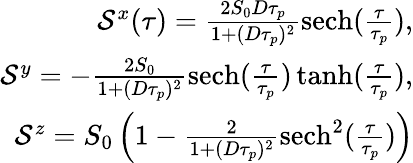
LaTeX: \begin{array}{r}{\mathcal{S}^{x}(\tau)=\frac{2S_{0}D\tau_{p}}{1+(D\tau_{p})^{2}}\mathrm{sech}(\frac{\tau}{\tau_{p}}),}\\ {\mathcal{S}^{y}=-\frac{2S_{0}}{1+(D\tau_{p})^{2}}\mathrm{sech}(\frac{\tau}{\tau_{p}})\operatorname{tanh}(\frac{\tau}{\tau_{p}}),}\\ {\mathcal{S}^{z}=S_{0}\left(1-\frac{2}{1+(D\tau_{p})^{2}}\mathrm{sech}^{2}(\frac{\tau}{\tau_{p}})\right)}\end{array}